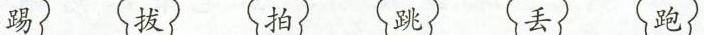
踢 拔 拍 丢 跑